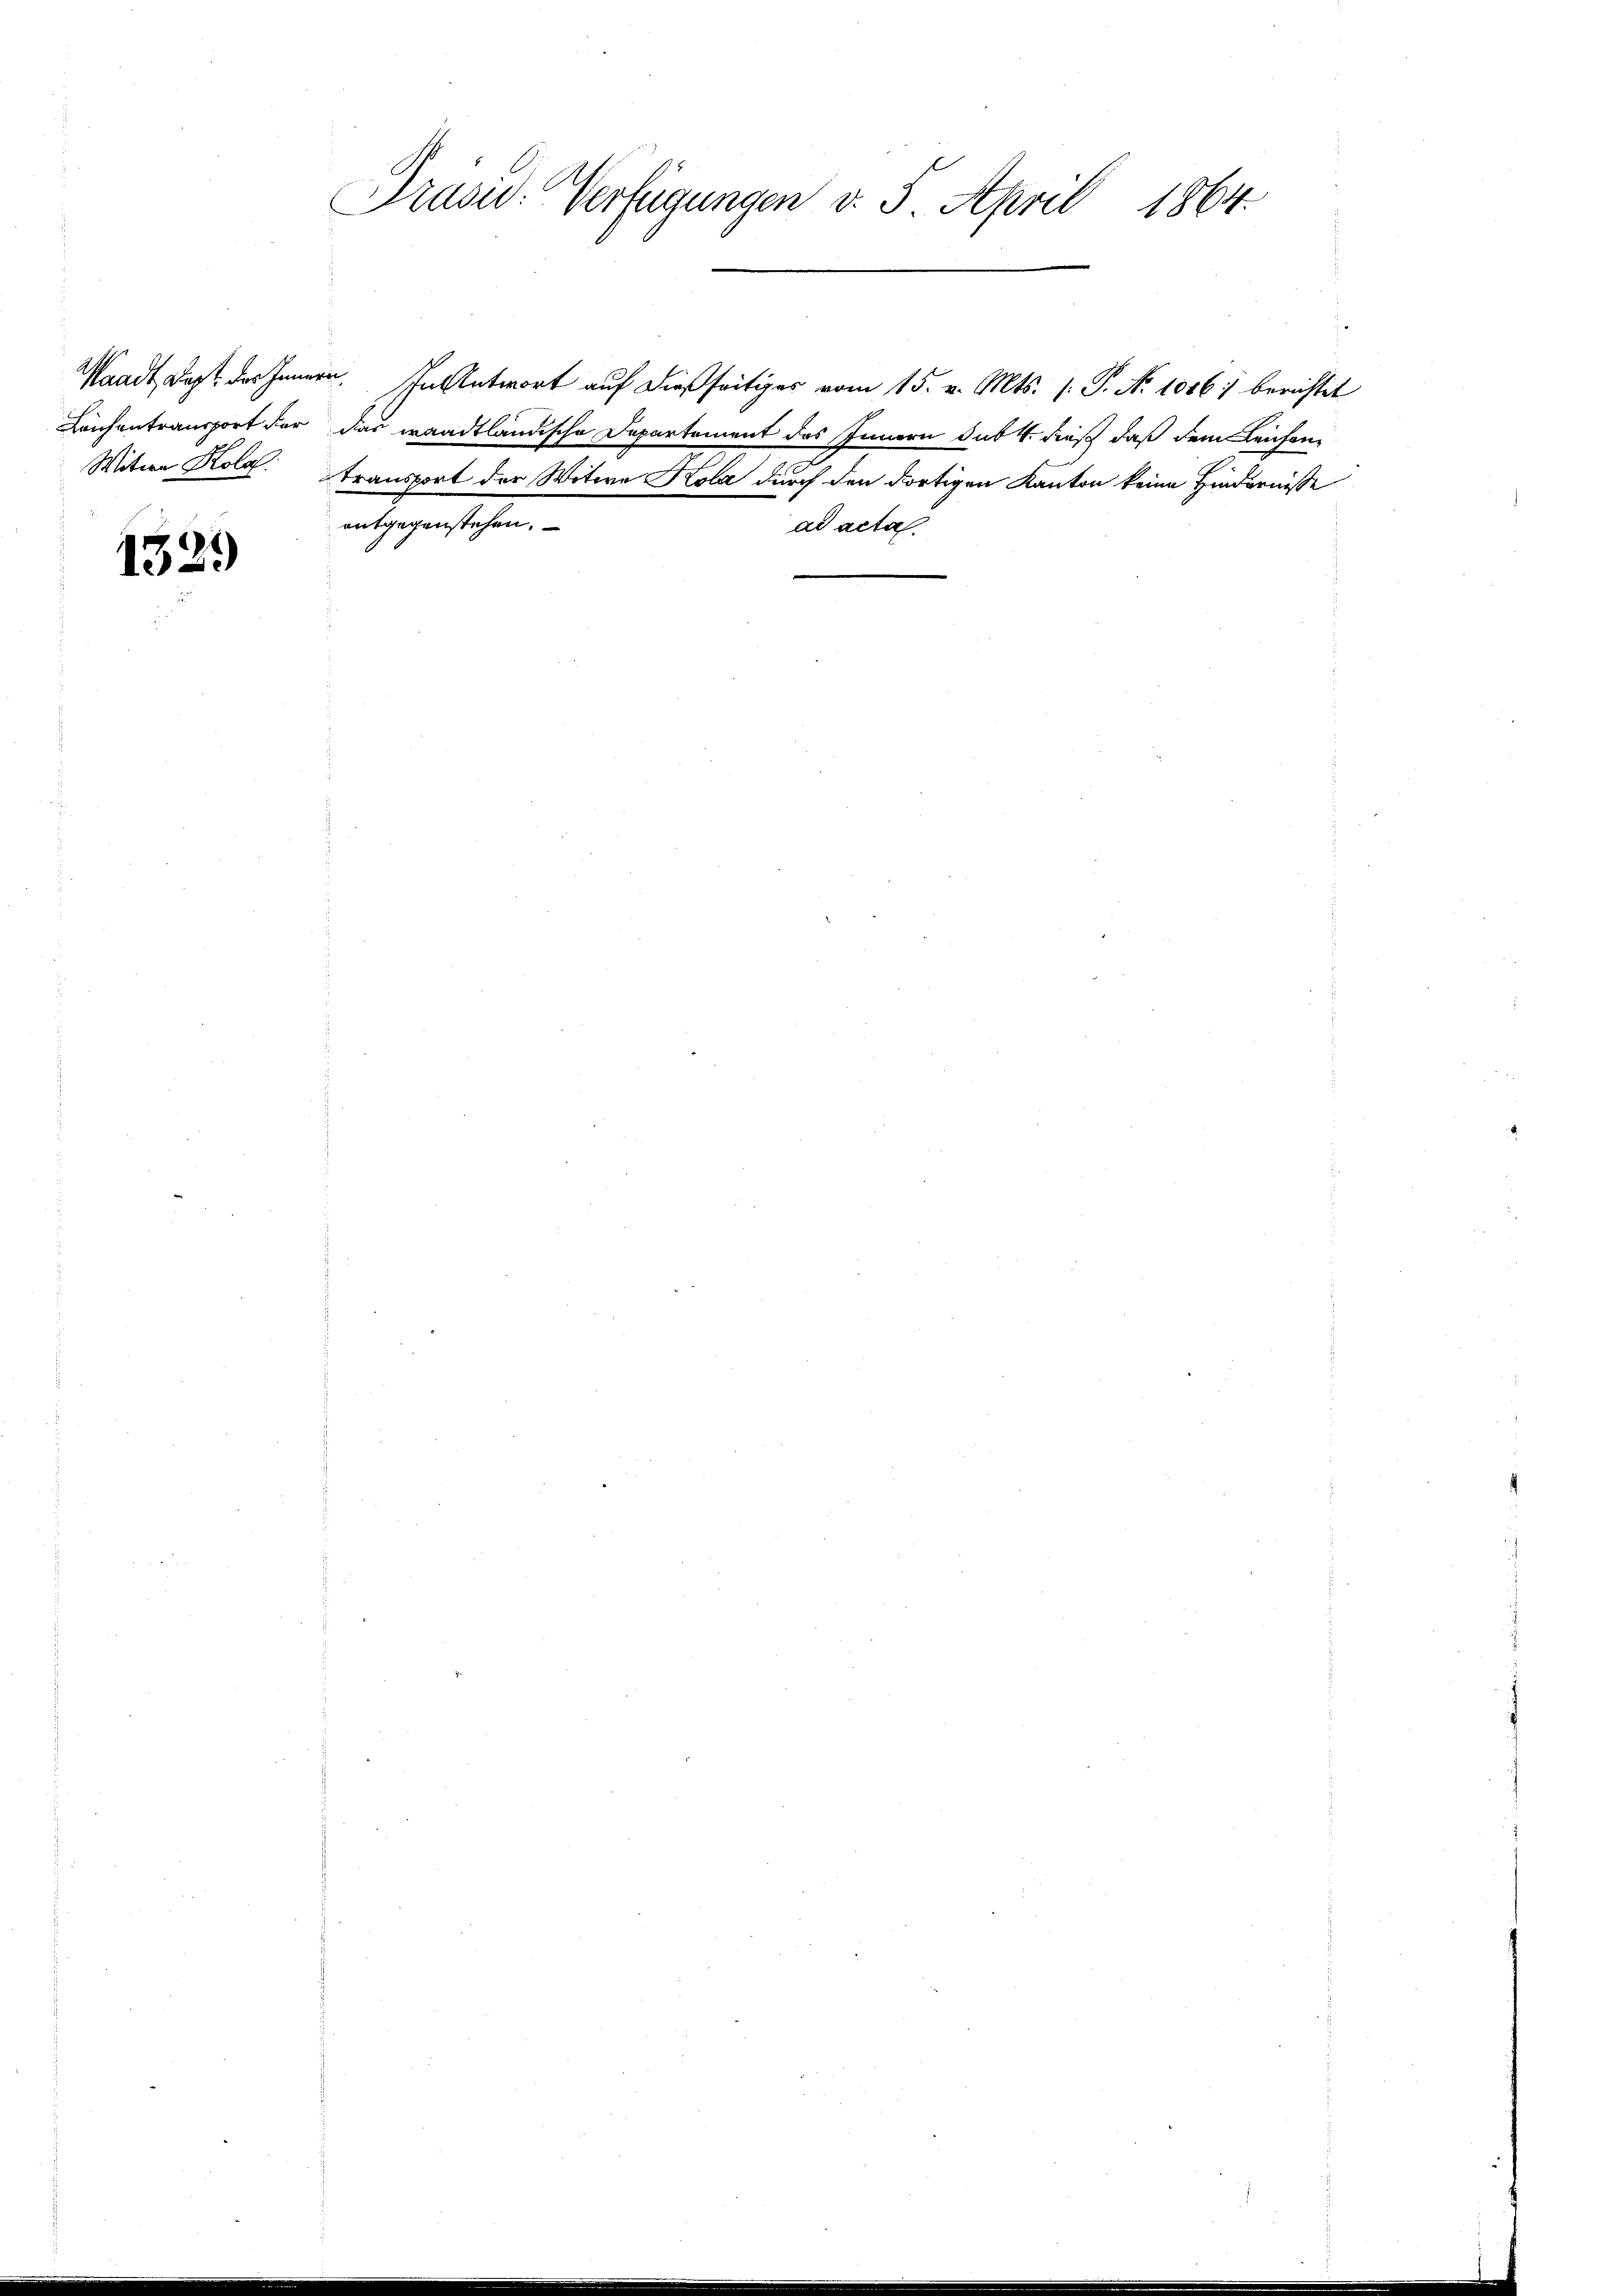
Witwe Kola

1329

Prüsid: Verfügungen v. 5. April 1864

entgegenstehen.

Waadt, das des Innern. In Antwort auf dießseitiges vom 15. v. Mts. (: P. Nr. 1006/ berichtet
Leichentransport der das waadtländische Departement des Innern sub 4. dieß daß dem Leichen
Transport der Witwe Kola durch den dortigen Kanton keine Hindernisse
Al
t